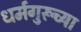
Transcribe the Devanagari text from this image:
धर्मगुरूच्या